Indian journal of veterinary science and animal husbandry - Volume 13,
Year: 1943
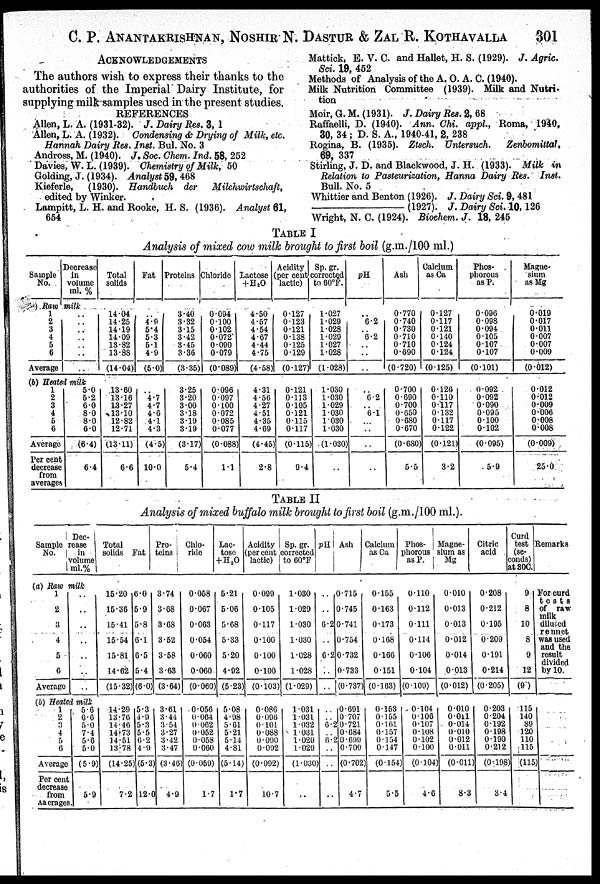
C. P. ANANTAKRISHNAN, NOSHIR N. DASTUR & ZAL R. KOTHAVALLA 301
ACKNOWLEDGEMENTS
The authors wish to express their thanks to the
authorities of the Imperial Dairy Institute, for
supplying milk samples used in the present studies.
REFERENCES
Allen, L. A. (1931-32). J. Dairy Res. 3, 1
Allen, L. A. (1932). Condensing & Drying of Milk, etc.
Hannah Dairy Res. Inst. Bul. No. 3
Andross, M. (1940). J. Soc. Chem. Ind. 58, 252
Davies, W. L. (1939). Chemistry of Milk, 50
Golding, J. (1934). Analyst 59, 468
Kieferle, (1930). Handbuch der Milchwirtschaft,
edited by Winker.
Lampitt, L. H. and Rooke, H. S. (1936). Analyst 61,
654
Mattick, E. V. C. and Hallet, H. S. (1929). J. Agric.
Sci. 19, 452
Methods of Analysis of the A. O. A. C. (1940).
Milk Nutrition Committee (1939). Milk and Nutri-
tion
Moir, G. M. (1931). J. Dairy Res. 2, 68
Raffaelli, D. (1940). Ann. Chi. appl., Roma, 1940,
30, 34 ; D. S. A., 1940-41, 2, 238
Rogina, B. (1935). Ztsch. Untersuch. Zenbomittal,
69, 337
Stirling, J. D. and Blackwood, J. H. (1933). Milk in
Relation to Pasteurization, Hanna Dairy Res. Inst.
Bull. No. 5
Whittier and Benton (1926). J. Dairy Sci. 9, 481
———————— (1927). J. Dairy Sci. 10, 126
Wright, N. C. (1924). Biochem. J. 18, 245
TABLE I
Analysis of mixed cow milk brought to first boil (g.m./100 ml.)
Sample
No.
Decrease
in
volume
ml. %
Ram milk
1
2
3
4
5
6
Average
..
..
..
..
..
..
..
(b) Heated milk
1
2
3
4
5
6
Average
Per cent
decrease
from
averages
5.0
5.2
6.0
8.0
8.0
6.0
(6.4)
6.4
Total
solids
14.04
14.25
14.19
14.09
13.82
13.88
(14.04)
13.60
13.16
13.27
13.10
12.82
12.71
(13.11)
6.6
Fat
..
4.9
5.4
5.3
5.1
4.9
(5.0)
.. 4.7
4.7
4.6
4.1
4.3
(4.5)
10.0
Proteins
3.40
3.32
3.15
3.42
3.45
3.36
(3.35)
3.25
3.20
3.00
3.18
3.19
3.19
(3.17)
5.4
Chloride
0.094
0.100
0.102
0.072
0.090
0.079
(0.089)
0.096
0.097
0.100
0.072
0.085
0.077
(0.088)
1.1
Lactose
+H 2 O
4.50
4.57
4.54
4.67
4.44
4.75
(4.58)
4.31
4.56
4.27
4.51
4.35
4.69
(4.45)
2.8
Acidity
(per cent
lactic)
0.127
0.123
0.121
0.138
0.125
0.129
(0.127)
0.121
0.113
0.105
0.121
0.115
0.117
(0.115)
9.4
Sp.gr.
corrected
to 60ºF.
1.027
1.029
1.028
1.029
1.027
1.028
(1.028)
1.030
1.030
1.029
1.030
1.030
1.030
(1.030)
..
pH.
.. 6.2
.. 6.2
..
..
..
.. 6.2
.. 6.1
..
..
..
..
Ash
0.770
0.740
0.730
0.710
0.710
0.690
(0.720)
0.700
0.690
0.700
0.650
0.680
0.670
(0.680)
5.5
Calcium
as Ca
0.127
0.117
0.121
0.140
0.124
0.124
(0.125)
0.126
0.110
0.117
0.132
0.117
0.122
(0.121)
3.2
Phos-
phorous
as P.
0.096
0.098
0.094
0.105
0.107
0.107
(0.101)
0.092
0.092
0.090
0.095
0.100
0.102
(0.095)
5.9
Magne-
sium
as Mg
0.019
0.017
0.011
0.007
0.007
0.009
(0.012)
0.012
0.012
0.009
0.006
0.008
0.008
(0.009)
25.0
TABLE II
Analysis of mixed buffalo milk brought to first boil (g.m./100 ml.).
Sample
No.
Dec-
rease
in
volume
ml.%
(a) Raw milk
1
2
3
4
5
6
Average
..
..
..
..
..
..
..
(b) Heated milk
1
2
3
4
5
6
Average
Per cent
decrease
from
Aa erages.
5.6
6.6
5.0
7.4
5.6
5.0
(5.9)
59
Total
solids
15.20
15.36
15.41
15.54
15.81
14.62
(15.32)
14.29
13.76
14.46
14.73
14.51
13.78
(14.25)
7.2
Fat
6.0
5.9
5.8
6.1
6.5
5.4
(6.0)
5.3
4.9
5.3
5.5
6.2
4.9
(5.3)
12.0
Pro-
teins
3.74
3.68
3.68
3.52
3.58
3.63
(3.64)
3.61
3.44
3.54
3.27
3.42
3.47
(3.46)
4.9
Chlo-
ride
0.058
0.067
0.063
0.054
0.060
0.060
(0.060)
0.056
0.064
0.062
0.052
0.058
0.060
(0.059)
1.7
Lac-
tose
+H 2 O
5.21
5.06
5.68
5.33
5.20
4.92
(5.23)
5.08
4.98
5.61
5.21
5.14
4.81
(5.14)
1.7
Acidity
(per cent
lactic)
0.099
0.105
0.117
0.100
0.100
0.100
(0.103)
0.086
0.096
0.101
0.088
0.090
0.092
(0.092)
10.7
Sp. gr.
corrected
to 60ºF
1.030
1.029
1.030
1.030
1.028
1.028
(1.029)
1.031
1.031
1.032
1.031
1.029
1.029
(1.030)
..
pH
..
..
6.2
..
6.2
..
..
..
.. 6.2
.. 6.2
..
..
..
Ash
0.715
0.745
0.741
0.754
0.732
0.733
(0.737)
0.691
0.707
0.721
0.684
0.699
0.709
(0.702)
4.7
Calcium
as Ca
0.155
0.163
0.173
0.168
0.166
0.151
(0.163)
0.153
0.155
0.161
0.157
0.154
0.147
(0.154)
5.5
Phos-
phorous
as P.
0.110
0.112
0.111
0.114
0.106
0.104
(0.109)
0.104
0.106
0.107
0.108
0.102
0.100
(0.104)
4.6
Magne-
sium as
Mg
0.010
0.013
0.013
0.012
0.014
0.013
(0.012)
0.010
0.011 0.014
0.010
0.012
0.011
(0.011)
8.3
Citric
acid
0.208
0.212
0.195
0.209
0.191
0.214
(0.205)
0.203
0.204
0.192
0.198
0.190
0.212
(0.198)
3.4
Curd
test
(se-
conds)
at 30C.
9
8
10
8
9
12
(9)
115
140
89
120
110
115
(115)
Remarks
For curd
tests
of raw
milk
diluced
rennet
was used
and the
result
divided
by 10.